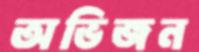
অভিজন